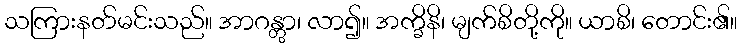
သကြားနတ်မင်းသည်။ အာဂန္တွာ၊ လာ၍။ အက္ခိနိ၊ မျက်စိတို့ကို။ ယာစိ၊ တောင်း၏။